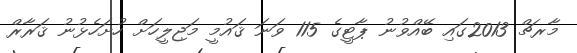
މާރޗް 2013ގައި ބޭއްވުނު ޕާޓީގެ 115 ވަނަ ޤައުމީ މަޖިލީހަށް ހުށަހެޅުނު ޤަރާރް